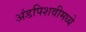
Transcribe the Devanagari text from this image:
अंडपिशवीमध्ये